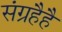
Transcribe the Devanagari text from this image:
संग्रहैहै